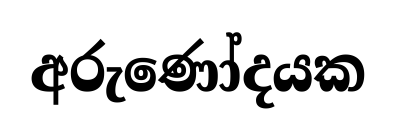
අරුණෝදයක